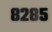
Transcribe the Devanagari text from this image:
८२८५